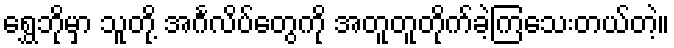
ရွှေဘိုမှာ သူတို့ အင်္ဂလိပ်တွေကို အတူတူတိုက်ခဲ့ကြသေးတယ်တဲ့။